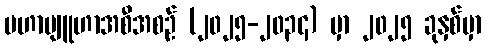
မဟာဗျူဟာအစီအစဉ် (၂၀၂၅-၂၀၃၄) မှာ ၂၀၂၅ ခုနှစ်မှာ